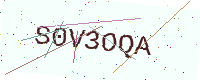
Text: S0V3OQA